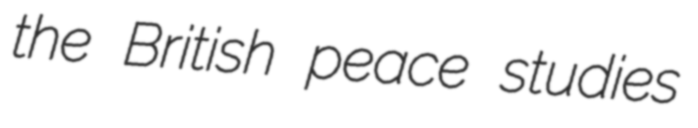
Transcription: the British peace studies